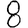
Digit: 8